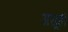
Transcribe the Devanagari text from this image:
असूही